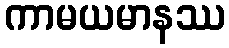
ကာမယမာနဿ